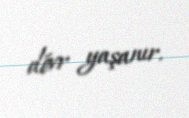
dövr yaşanır.